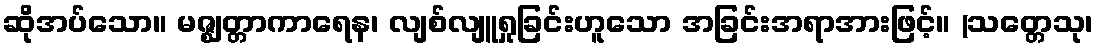
ဆိုအပ်သော။ မဇ္ဈတ္တာကာရေန၊ လျစ်လျူရှုခြင်းဟူသော အခြင်းအရာအားဖြင့်။ (သတ္တေသု၊